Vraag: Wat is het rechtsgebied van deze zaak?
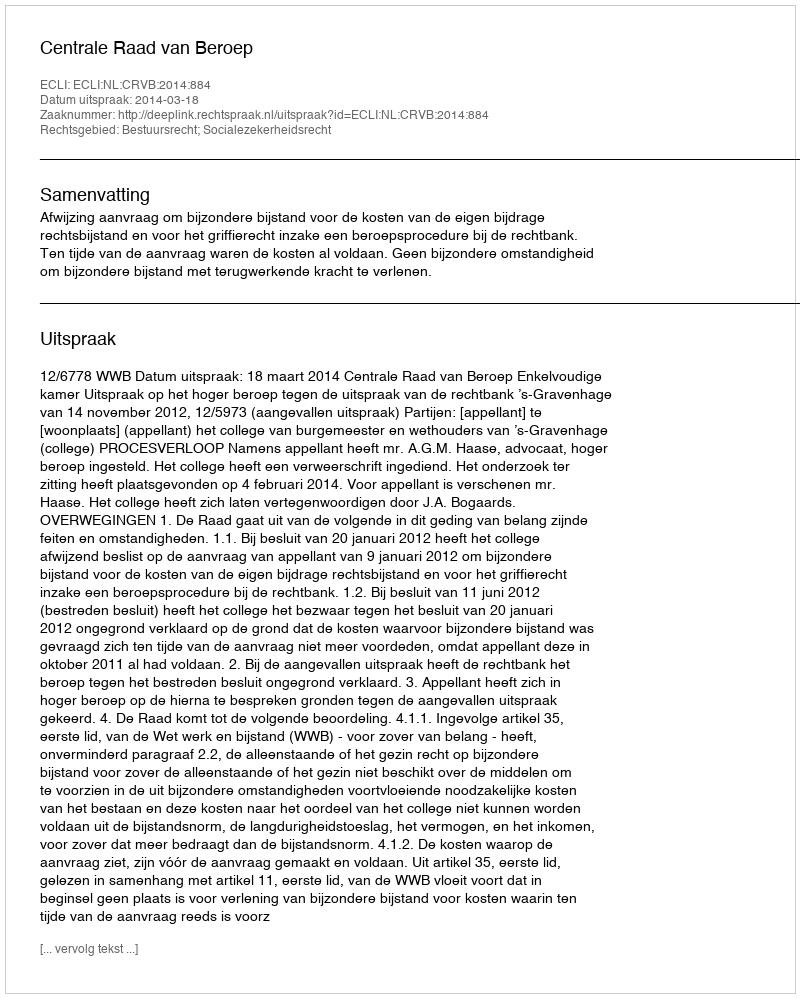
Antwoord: Bestuursrecht; Socialezekerheidsrecht